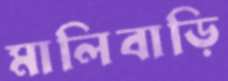
মালিবাড়ি